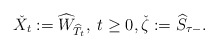
\begin{align*}\check{X}_t:=\widehat{W}_{\widehat{T}_t},\; t\geq 0,\check{\zeta}:=\widehat{S}_{\tau-}. \end{align*}